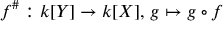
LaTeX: f ^ { \# } : k [ Y ] \to k [ X ] , \, g \mapsto g \circ f